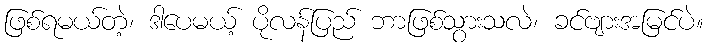
ဖြစ်ရမယ်တဲ့၊ ဒါပေမယ့် ပိုလန်ပြည် ဘာဖြစ်သွားသလဲ၊ ခင်ဗျားအမြင်ပဲ။